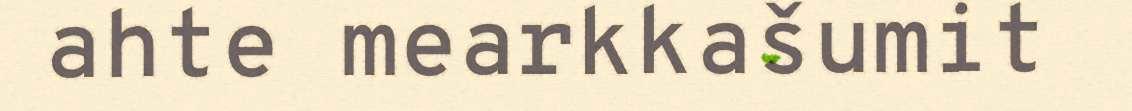
ahte mearkkašumit